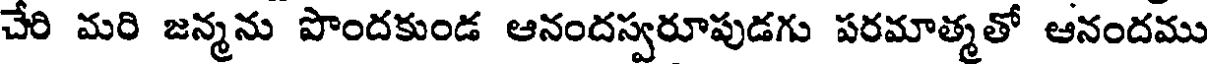
చేరి మరి జన్మను పొందకుండ ఆనందస్వరూపుడగు పరమాత్మతో ఆనందము